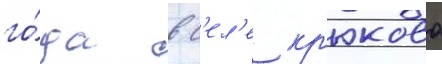
го́да в с'ел'е кр'юково